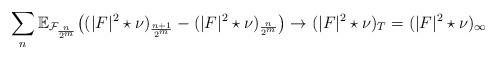
LaTeX: \begin{align*}\sum_{n} \mathbb E_{\mathcal F_{\frac{n}{2^m}}}\bigl((|F|^2 \star \nu)_{\frac{n+1}{2^m}} - (|F|^2 \star \nu)_{\frac{n}{2^m}}\bigr) \to (|F|^2\star \nu)_T = (|F|^2\star \nu)_{\infty}\end{align*}